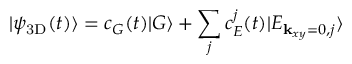
| \psi _ { \mathrm { 3 D } } ( t ) \rangle = c _ { G } ( t ) | G \rangle + \sum _ { j } c _ { E } ^ { j } ( t ) | E _ { { \bf k } _ { x y } = 0 , j } \rangle